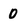
Character: O